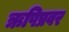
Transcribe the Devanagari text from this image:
ऋषिप्रवर